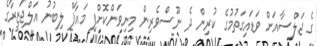
ގެ ޖަލްސާއަށް ވަޑައިގަތުމުގެ ކުރިން ދެ ނޫސްވެރިން މިނިވަންކޮށްފި މައާފް ލިބުނު އަލްޖަޒީރާގެ